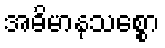
အဓိမာနသစ္စော